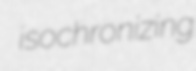
isochronizing